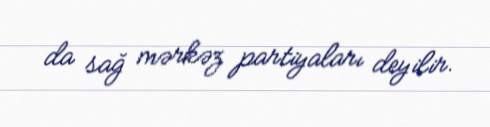
da sağ mərkəz partiyaları deyilir.